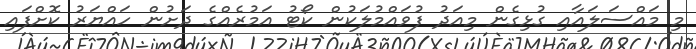
މި މައްސަލައާއި ގުޅިގެން މިއަދު ފުވައްމުލަކުން ކޯޓު އަމުރެއްގެ ދަށުން ހައްޔަރު ކޮށްފައި